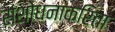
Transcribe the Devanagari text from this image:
संशोधनाकरिता